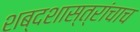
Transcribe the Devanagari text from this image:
शब्दशास्त्रांचाच